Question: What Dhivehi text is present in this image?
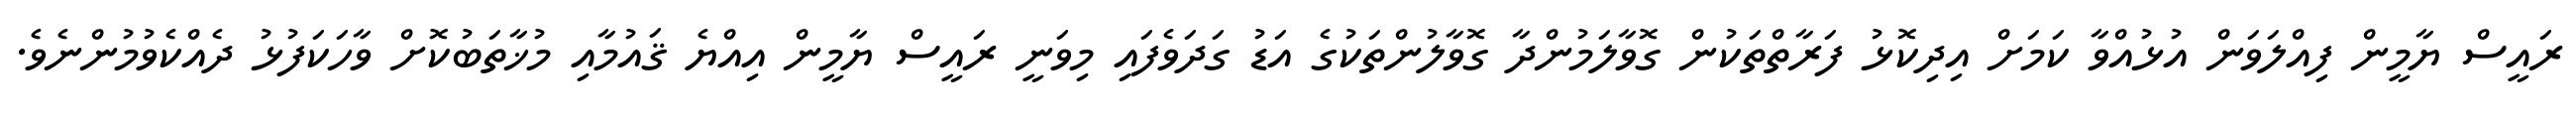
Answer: ރައީސް ޔާމީން ފިއްލަވަން އުޅުއްވާ ކަމަށް އިދިކޮޅު ފަރާތްތަކުން ގޮވާލަމުންދާ ގޮވާލުންތަކުގެ އަޑު ގަދަވެފައި މިވަނީ ރައީސް ޔާމީން އިއްޔެ ޤައުމާއި މުޚާތަބުކޮށް ވާހަކަފުޅު ދެއްކެވުމުންނެވެ.